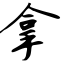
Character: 拿